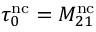
\tau _ { 0 } ^ { \mathrm { n c } } = M _ { 2 1 } ^ { \mathrm { n c } }